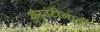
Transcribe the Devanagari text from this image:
काउंटीलाही